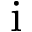
\mathrm { i }